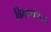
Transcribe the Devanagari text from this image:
विभागांऐवजी